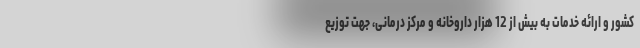
کشور و ارائه خدمات به بیش از 12 هزار داروخانه و مرکز درمانی، جهت توزیع